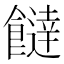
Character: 𩞱